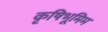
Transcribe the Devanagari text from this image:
कृषिभूमिम